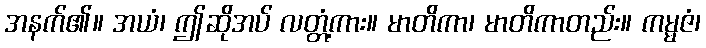
အနက်၏။ အယံ၊ ဤဆိုအပ် လတ္တံ့ကား။ မာတိကာ၊ မာတိကာတည်း။ ကမ္မဇံ၊